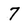
Character: 7